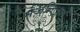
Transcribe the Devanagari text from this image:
मंज़निल्लो